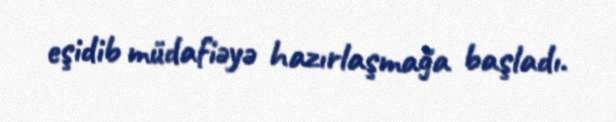
eşidib müdafiəyə hazırlaşmağa başladı.